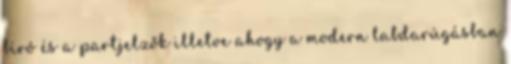
bíró és a partjelzők illetve ahogy a modern labdarúgásban